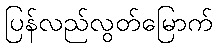
ပြန်လည်လွတ်မြောက်